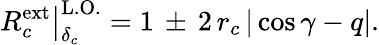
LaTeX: \left.R_{c}^{\mathrm{ext}}\right|_{\delta_{c}}^{\mathrm{L.O.}}=1\, \pm\, 2\, r_{c}\, |\cos\gamma-q|.